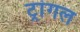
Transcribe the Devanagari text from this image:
ट्रांगल